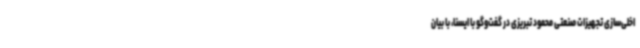
اخلی‌سازی تجهیزات صنعتی محمود تبریزی در گفت‌وگو با ایسنا، با بیان